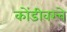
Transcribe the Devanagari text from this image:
कोंडीवरचे